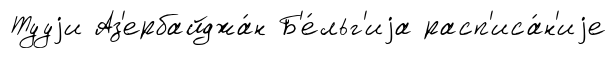
Тууjи Аз'ербайджа́н Б'е́льг'иjа расп'иса́н'иjе